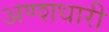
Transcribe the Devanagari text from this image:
अण्शधारी